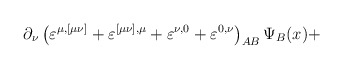
\begin{align*}\partial _\nu \left( \varepsilon ^{\mu ,[\mu \nu ]}+\varepsilon ^{[\mu \nu],\mu }+\varepsilon ^{\nu ,0}+\varepsilon ^{0,\nu }\right)_{AB}\Psi _B(x)+\end{align*}